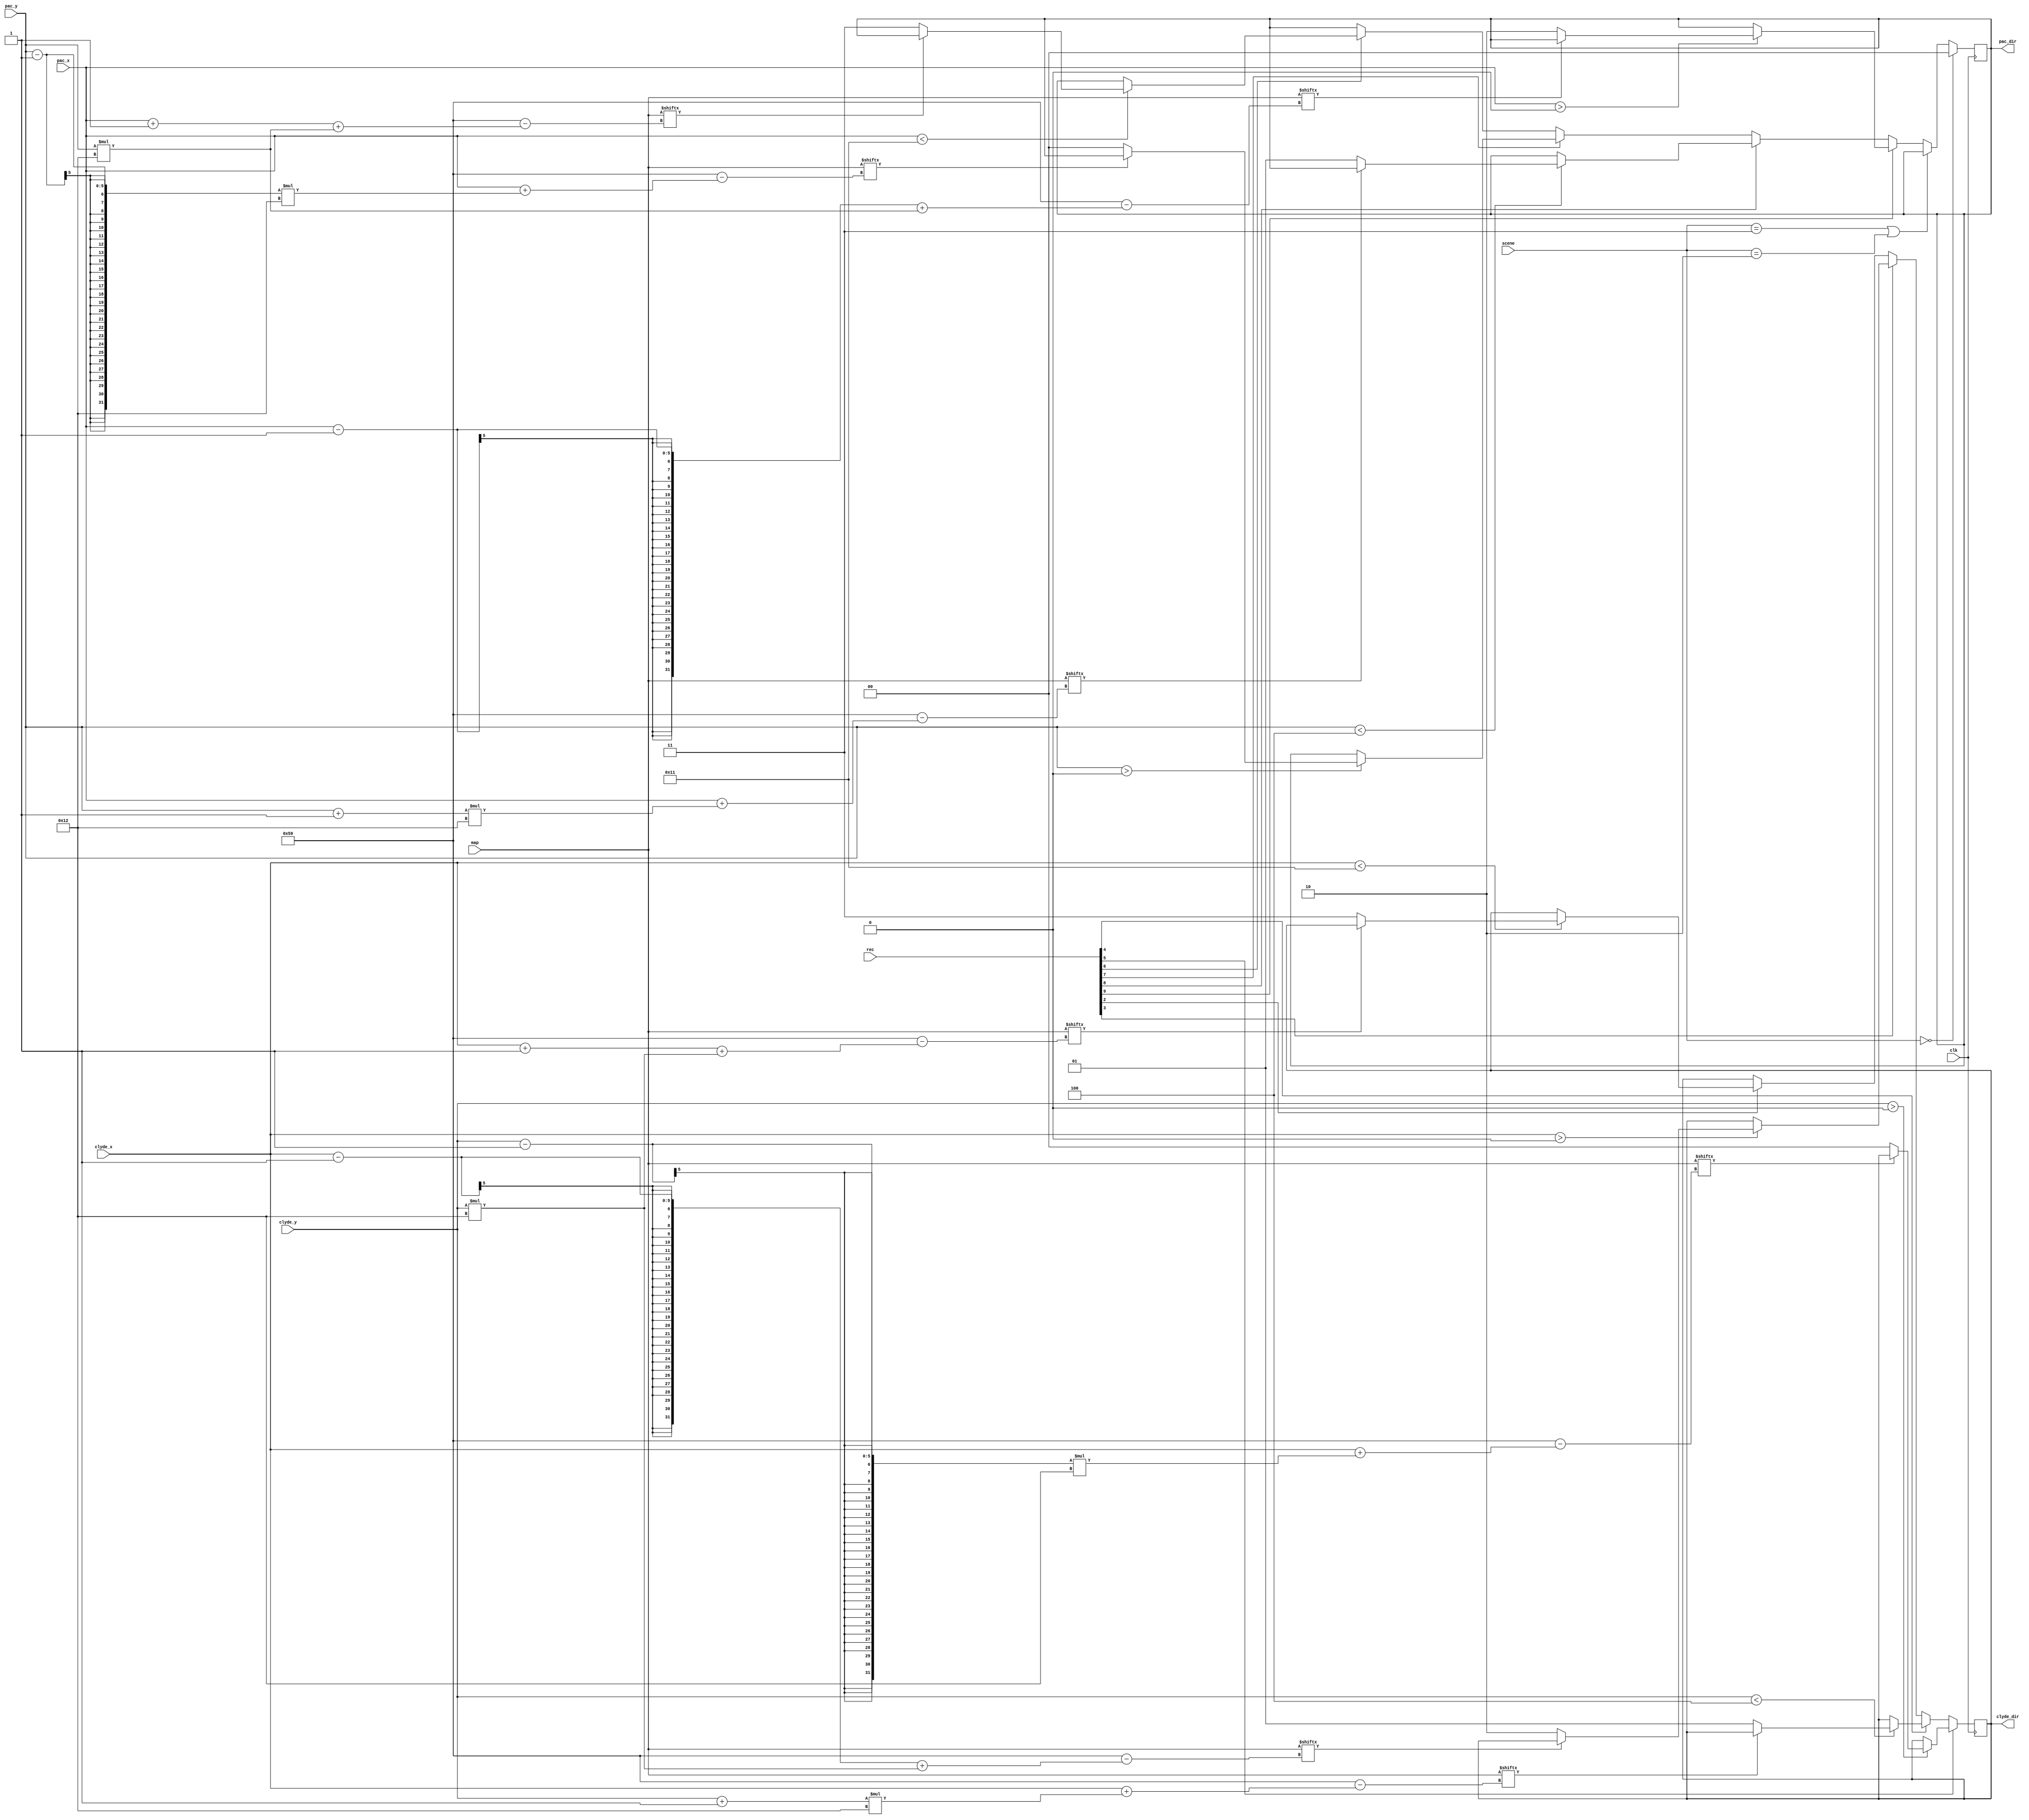
`timescale 1ns / 1ps
/////////////////////////////////////////////////////////////////
// Module Name: manual_dir_control
/////////////////////////////////////////////////////////////////

module manual_dir_control(
    input clk,
    input [0:89] map,
    input [1:0] scene,
    input [4:0] pac_x,
    input [4:0] pac_y,
    input [4:0] clyde_x,
    input [4:0] clyde_y,
    input [9:0] rec,
    output reg [1:0] pac_dir,
    output reg [1:0] clyde_dir
    );
    
    parameter up = 2'b00;
    parameter down = 2'b01;
    parameter left = 2'b10;
    parameter right = 2'b11;
    
    parameter start_scene = 2'b00;
    parameter play_scene = 2'b01;
    parameter win_scene = 2'b10;
    parameter lose_scene = 2'b11;
    
    
    reg [1:0] next_pac_dir;
    reg [1:0] next_clyde_dir;
    
    always@(posedge clk) begin
        if(scene == start_scene) pac_dir <= up;
        else pac_dir <= next_pac_dir;
        clyde_dir <= next_clyde_dir;
    end

    // pacman or clyde's position can be changed if the direction where pacman or clyde wants to go is legal
    // (not a wall and also not exceeding the boundaries)
    always@(*) begin
        if(scene == lose_scene || scene == win_scene) next_pac_dir = pac_dir;
        else if(rec[9]) next_pac_dir = pac_x > 0 ? (map[pac_x - 1 + pac_y * 18] ? pac_dir: left) : pac_dir;
        else if(rec[8]) next_pac_dir = pac_y < 4 ? (map[pac_x + (pac_y + 1) * 18] ? pac_dir: down) : pac_dir;
        else if(rec[7]) next_pac_dir = pac_y > 0 ? (map[pac_x + (pac_y - 1) * 18] ? pac_dir: up) : pac_dir;
        else if(rec[6]) next_pac_dir = pac_x < 17 ? (map[pac_x + 1 + pac_y * 18] ? pac_dir: right) : pac_dir;
        else next_pac_dir = pac_dir;
    end
    
    always@(*) begin
            if(rec[5]) next_clyde_dir = clyde_y > 0 ? (map[clyde_x + (clyde_y - 1) * 18] ? clyde_dir: up) : clyde_dir;
            else if(rec[4]) next_clyde_dir = clyde_y < 4 ? (map[clyde_x + (clyde_y + 1) * 18] ? clyde_dir: down) : clyde_dir;
            else if(rec[3]) next_clyde_dir = clyde_x > 0 ? (map[clyde_x - 1 + clyde_y * 18] ? clyde_dir: left) : clyde_dir;
            else if(rec[2]) next_clyde_dir = clyde_x < 17 ? (map[clyde_x + 1 + clyde_y * 18] ? clyde_dir: right) : clyde_dir;
            else next_clyde_dir = clyde_dir;
    end
endmodule